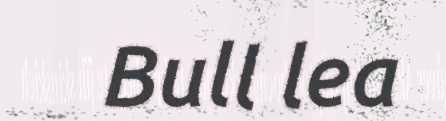
Bull lea